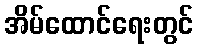
အိမ်ထောင်ရေးတွင်